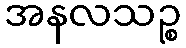
အနလသဉ္စ